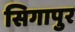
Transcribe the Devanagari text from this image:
सिगापुर